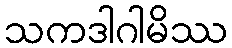
သကဒါဂါမိဿ